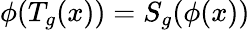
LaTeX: \phi(T_{g}(x))=S_{g}(\phi(x))